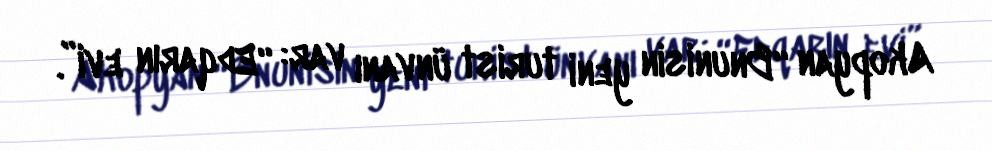
Akopyan “Bnunisin yeni turist ünvanı var: “Edqarın evi”.